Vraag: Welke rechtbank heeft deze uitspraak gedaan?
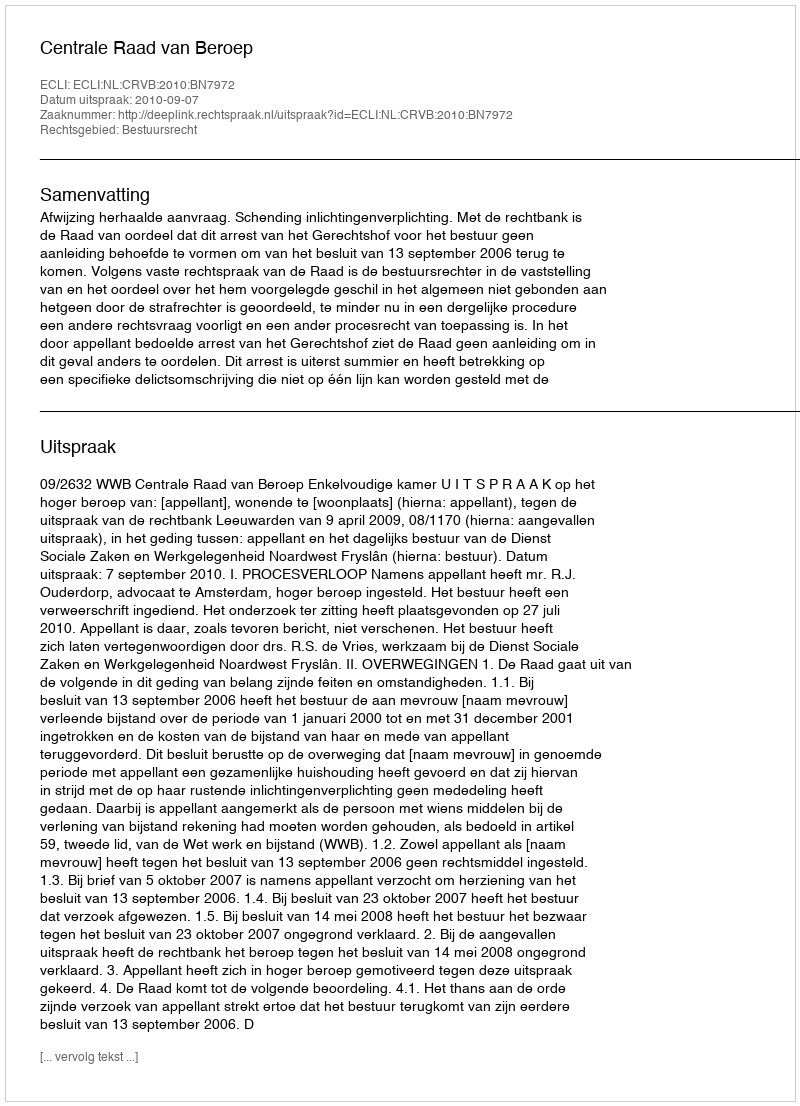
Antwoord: Centrale Raad van Beroep